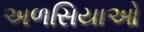
અળસિયાઓ